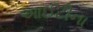
આઈટીના